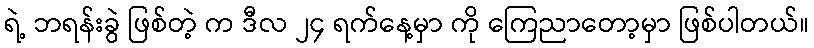
ရဲ့ ဘရန်းခွဲ ဖြစ်တဲ့ က ဒီလ ၂၄ ရက်နေ့မှာ ကို ကြေညာတော့မှာ ဖြစ်ပါတယ်။